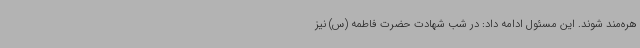
هره‌مند شوند. این مسئول ادامه داد: در شب شهادت حضرت فاطمه (س) نیز